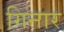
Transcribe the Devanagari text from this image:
गिनार